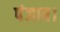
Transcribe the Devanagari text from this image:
पंजाब।